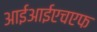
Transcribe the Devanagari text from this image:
आईआईएचएफ